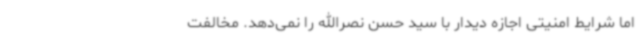
اما شرایط امنیتی اجازه دیدار با سید حسن نصرالله را نمی‌دهد. مخالفت